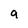
Character: g